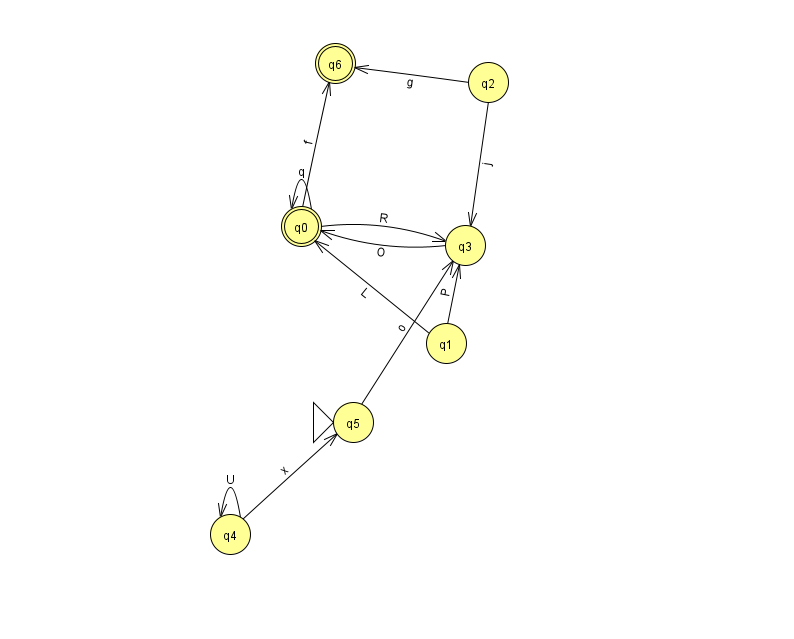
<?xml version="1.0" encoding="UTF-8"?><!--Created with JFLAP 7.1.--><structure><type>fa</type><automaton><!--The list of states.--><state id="0" name="q0"><x>301.0</x><y>213.0</y><final/></state><state id="1" name="q1"><x>446.0</x><y>330.0</y></state><state id="2" name="q2"><x>488.0</x><y>69.0</y></state><state id="3" name="q3"><x>465.0</x><y>232.0</y></state><state id="4" name="q4"><x>230.0</x><y>521.0</y></state><state id="5" name="q5"><x>353.0</x><y>409.0</y><initial/></state><state id="6" name="q6"><x>335.0</x><y>50.0</y><final/></state><!--The list of transitions.--><transition><from>0</from><to>0</to><read>q</read></transition><transition><from>5</from><to>3</to><read>o</read></transition><transition><from>0</from><to>3</to><read>R</read></transition><transition><from>1</from><to>0</to><read>L</read></transition><transition><from>4</from><to>4</to><read>U</read></transition><transition><from>2</from><to>3</to><read>j</read></transition><transition><from>2</from><to>6</to><read>g</read></transition><transition><from>1</from><to>3</to><read>P</read></transition><transition><from>4</from><to>5</to><read>x</read></transition><transition><from>0</from><to>6</to><read>f</read></transition><transition><from>3</from><to>0</to><read>O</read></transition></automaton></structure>